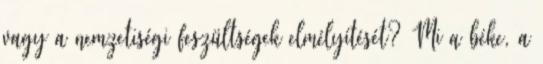
vagy a nemzetiségi feszültségek elmélyítését? Mi a béke, a